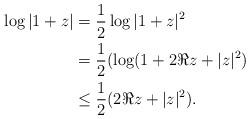
LaTeX: \begin{align*}\begin{aligned}\log|1+z|&=\frac{1}{2}\log|1+z|^2 \\&= \frac{1}{2}(\log(1+2\Re z + |z|^2)\\&\leq \frac{1}{2}(2\Re z + |z|^2).\end{aligned}\end{align*}